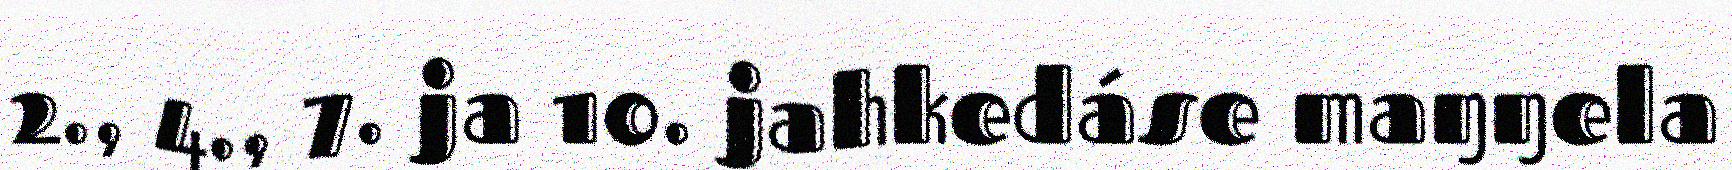
2., 4., 7. ja 10. jahkedáse maŋŋela